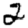
Digit: 2